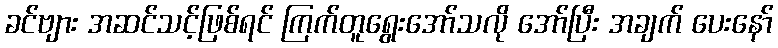
ခင်ဗျား အဆင်သင့်ဖြစ်ရင် ကြက်တူရွေးအော်သလို အော်ပြီး အချက် ပေးနော်